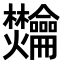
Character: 𫜴